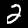
Label: 2